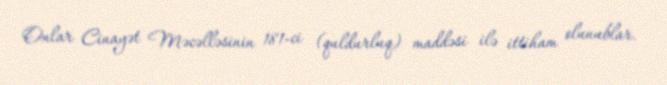
Onlar Cinayət Məcəlləsinin 181-ci (quldurluq) maddəsi ilə ittiham olunublar.